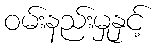
ဝမ်းနည်းမှုနှင့်